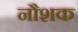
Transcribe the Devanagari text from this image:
नौशक